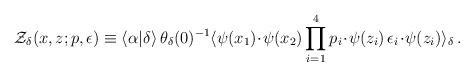
\begin{align*}{\cal Z}_{\delta}(x,z;p,\epsilon)\equiv\langle\alpha|\delta\rangle\,\theta_{\delta}(0)^{-1}\langle\psi(x_1)\!\cdot\!\psi(x_2)\prod_{i=1}^{4}p_i\!\cdot\!\psi(z_i)\,\epsilon_i\!\cdot\!\psi(z_i)\rangle_{\delta}\, .\end{align*}